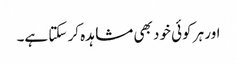
اور ہر کوئی خود بھی مشاہدہ کر سکتا ہے۔